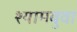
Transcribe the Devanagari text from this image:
श्यामबुवा